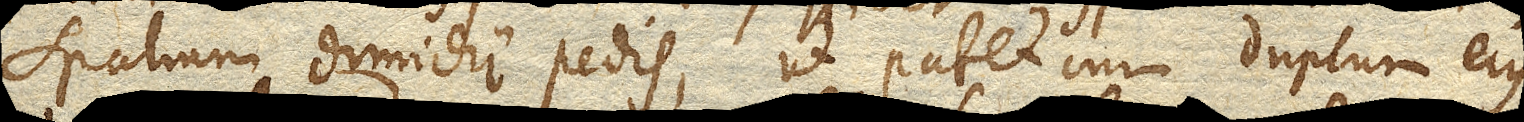
spatium dimidii pedis, ut patet cum duplum ejus